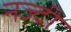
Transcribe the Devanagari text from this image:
नज्दी